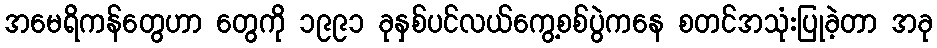
အမေရိကန်တွေဟာ တွေကို ၁၉၉၁ ခုနှစ်ပင်လယ်ကွေ့စစ်ပွဲကနေ စတင်အသုံးပြုခဲ့တာ အခု